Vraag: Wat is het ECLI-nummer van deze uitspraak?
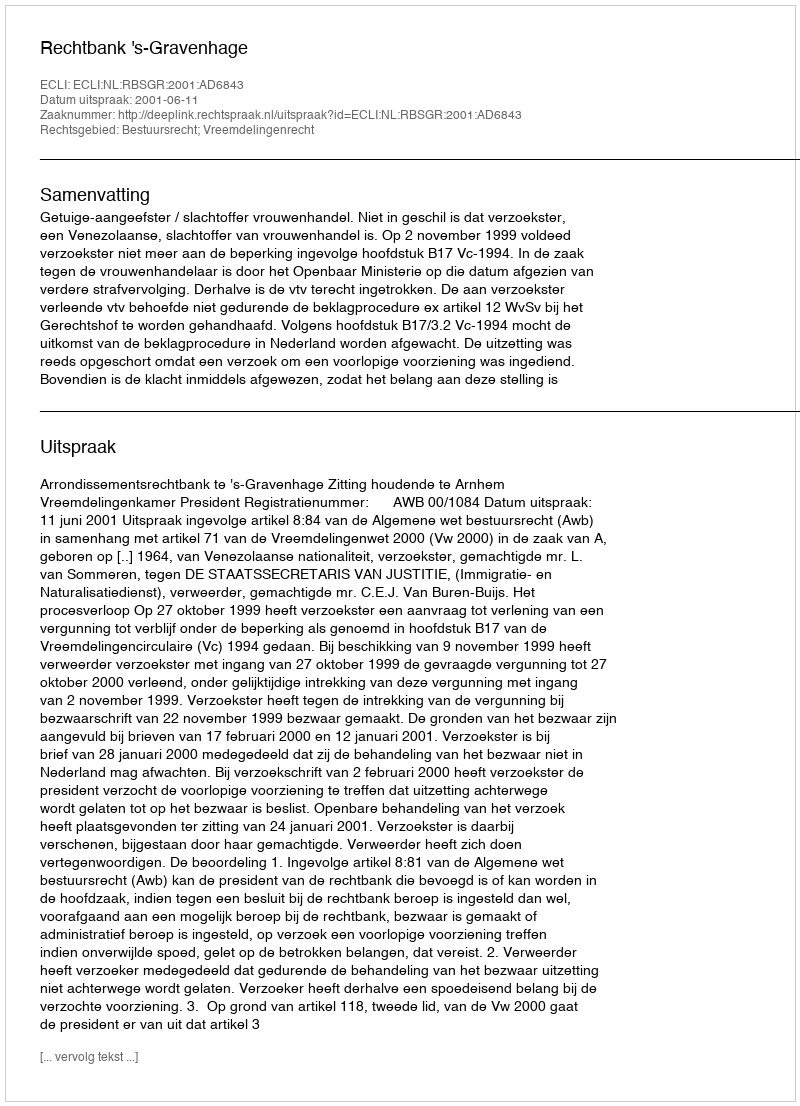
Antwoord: ECLI:NL:RBSGR:2001:AD6843